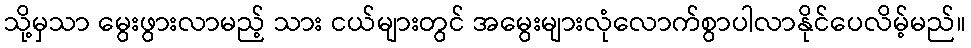
သို့မှသာ မွေးဖွားလာမည့် သား ငယ်များတွင် အမွေးများလုံလောက်စွာပါလာနိုင်ပေလိမ့်မည်။